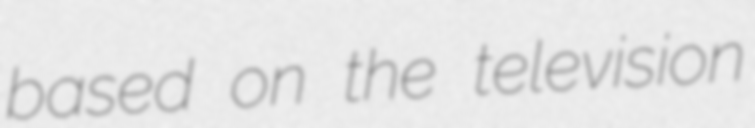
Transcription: based on the television